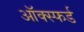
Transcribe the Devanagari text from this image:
ऑक्स्फर्ड